Lunatic asylums Punjab 1881-1894 - 1881-1894
Year: 1881
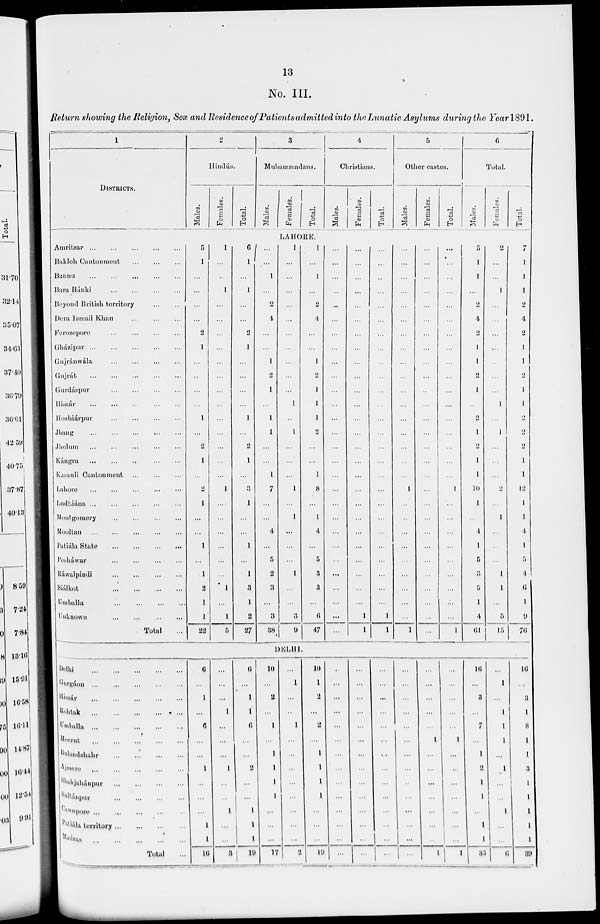
13
No. III.
Return showing the Religion, Sex and Residence of Patients admitted into the Lunatic Asylums during the Year 1891.
1
DISTRICTS.
2
Hindús.
Males.
Females.
Total.
3
Muhammadans.
Males.
Females.
Total.
4
Christians.
Males.
Females.
Total.
5
Other castes.
Males.
Females.
Total.
6
Total.
Males.
Females.
Total.
LAHORE.
Amritsar ...
... ... ... ...
Bakloh Cantonment ... ... ...
Bannu ... ... ... ... ...
Bara Bánki ... ... ... ...
Beyond British territory
...
...
Dera Ismail Khan
...
...
...
Ferozepore ... ... ... ...
Gházipur
...
...
...
...
...
Gujránwála ... ... ... ...
Gujrát ... ... ... ... ...
Gurdáspur ... ... ... ...
Hissár ... ... ... ... ...
Hoshiárpur
...
...
...
...
Jhang ... ... ... ... ...
Jhelum ... ... ... ... ...
kángra ... ... ... ... ...
Kasauli Cantonment ... ... ...
Lahore ... ... ... ... ...
Ludhiána ... ... ... ... ...
Montgomery ... ... ... ...
Mooltan ... ... ... ... ...
Patiála State ... ... ... ...
Pesháwar ... ... ... ...
Ráwalpindi ... ... ... ...
Siálkot ... ... ... ...
Umballa ... ... ... ...
Unknown ... ... ... ...
Total ...
5
1
...
...
...
...
2
1
...
...
...
...
1
...
2
1
...
2
1
...
...
1
...
1
2
1
1
22
1
...
...
1
...
...
...
...
...
...
...
...
...
...
...
...
...
1
...
...
...
...
...
...
1
...
1
5
6
1
...
1
...
...
2
1
...
...
...
...
1
...
2
1
...
3
1
...
...
1
...
1
3
1
2
27
...
...
1
...
2
4
...
...
1
2
1
...
1
1
...
...
1
7
...
...
4
...
5
2
3
...
3
38
1
...
...
...
...
...
...
...
...
...
...
1
...
1
...
...
...
1
...
1
...
...
...
1
...
...
3
9
1
...
1
...
2
4
...
...
1
2
1
1
1
2
...
...
1
8
...
1
4
...
5
3
3
...
6
47
...
...
...
...
...
...
...
...
...
...
...
...
...
...
...
...
...
...
...
...
...
...
...
...
...
...
...
...
...
...
...
...
...
...
...
...
...
...
...
...
...
...
...
...
...
...
...
...
...
...
...
...
...
...
1
1
...
...
...
...
...
...
...
...
...
...
...
...
...
...
...
...
...
...
...
...
...
...
...
...
...
...
1
1
...
...
...
...
...
...
...
...
...
...
...
...
...
...
...
...
...
1
...
...
...
...
...
...
...
...
...
1
...
...
...
...
...
...
...
...
...
...
...
...
...
...
...
...
...
...
...
...
...
...
...
...
...
...
...
...
...
...
...
...
...
...
...
...
...
...
...
...
...
...
...
...
...
1
...
...
...
...
...
...
...
...
...
1
5
1
1
...
2
4
2
1
1
2
1
...
2
1
2
1
1
10
1
...
4
1
5
3
5
1
4
61
2
...
...
1
...
...
...
...
...
...
...
1
...
1
...
...
...
2
...
1
...
...
...
1
1
...
5
15
7
1
1
1
2
4
2
1
1
2
1
1
2
2
2
1
1
12
1
1
4
1
5
4
6
1
9
76
DELHI.
Delhi
...
...
...
...
...
Gurgáon
...
...
...
...
...
Hissár
...
...
...
...
...
Rohtak ... ... ... ... ...
Umballa
...
...
...
...
...
Meerut ... ... ... ... ...
Bulandshahr ... ... ... ... ...
Ajmere ... ... ... ... ... ...
Shahjahánpur
...
...
...
...
sultánpur ... ... ... ...
Cawnpore ... ... ... ... ...
Patiála territory
...
...
...
...
Madras ... ... ... ... ...
Total ...
6
...
1
...
6
...
...
1
...
...
...
1
1
16
...
...
...
1
...
...
...
1
...
...
1
...
...
3
6
...
1
1
6
...
...
2
...
...
1
1
1
19
10
...
2
...
1
...
1
1
1
1
...
...
...
17
...
1
...
...
1
...
...
...
...
...
...
...
...
2
10
1
2
...
2
...
1
1
1
1
...
...
...
19
...
...
...
...
...
...
...
...
...
...
...
...
...
...
...
...
...
...
...
...
...
...
...
...
...
...
...
...
...
...
...
...
...
...
...
...
...
...
...
...
...
...
...
...
...
...
...
...
...
...
...
...
...
...
...
...
...
...
...
...
...
1
...
...
...
...
...
...
...
1
...
...
...
...
...
1
...
...
...
...
...
...
...
1
16
...
3
...
7
...
1
2
1
1
...
1
1
33
...
1
...
1
1
1
...
1
...
...
1
...
...
6
16
...
3
1
8
1
1
3
1
1
1
1
1
39